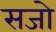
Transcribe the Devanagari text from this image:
सजो